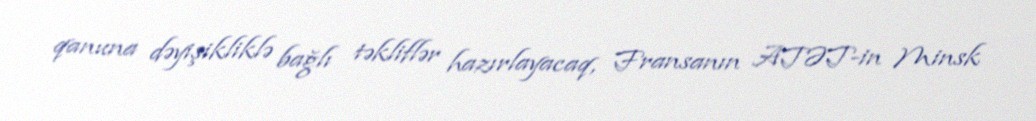
qanuna dəyişikliklə bağlı təkliflər hazırlayacaq, Fransanın ATƏT-in Minsk